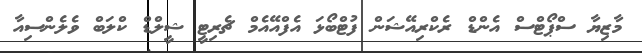
މާޒިޔާ ސްޕޯޓްސް އެންޑް ރެކްރިއޭޝަން ފުޓްބޯޅަ އެފްއޭއެމް ޗެރިޓީ ޝީލްޑް ކްލަބް ވެލެންސިއާ